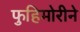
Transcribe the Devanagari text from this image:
फुहिमोरीने